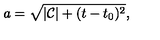
a = \sqrt { | \mathcal { C } | + ( t - t _ { 0 } ) ^ { 2 } } ,